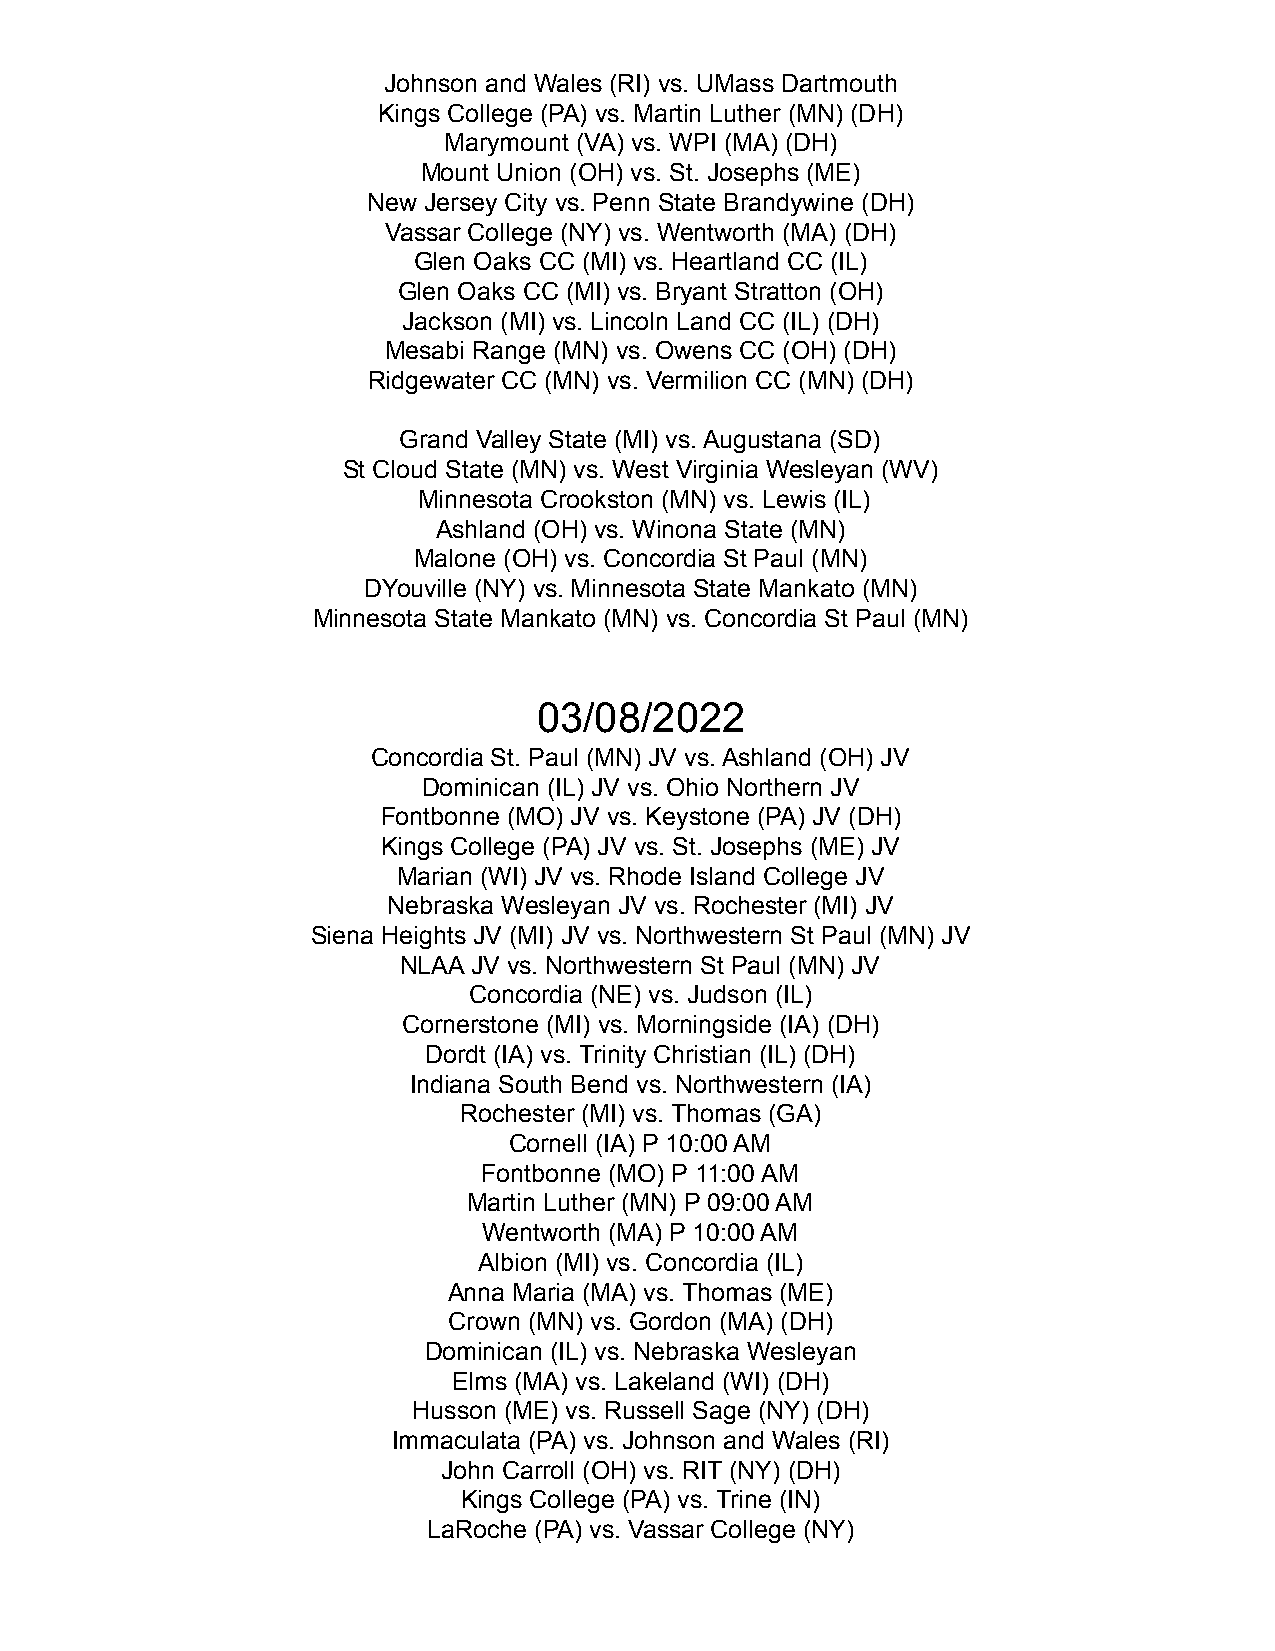
Johnson and Wales (RI) vs. UMass Dartmouth
 Kings College (PA) vs. Martin Luther (MN) (DH)
 Marymount (VA) vs. WPI (MA) (DH)
 Mount Union (OH) vs. St. Josephs (ME)
 New Jersey City vs. Penn State Brandywine (DH)
 Vassar College (NY) vs. Wentworth (MA) (DH)
 Glen Oaks CC (MI) vs. Heartland CC (IL)
 Glen Oaks CC (MI) vs. Bryant Stratton (OH)
 Jackson (MI) vs. Lincoln Land CC (IL) (DH)
 Mesabi Range (MN) vs. Owens CC (OH) (DH)
 Ridgewater CC (MN) vs. Vermilion CC (MN) (DH)
 Grand Valley State (MI) vs. Augustana (SD)
 St Cloud State (MN) vs. West Virginia Wesleyan (WV)
 Minnesota Crookston (MN) vs. Lewis (IL)
 Ashland (OH) vs. Winona State (MN)
 Malone (OH) vs. Concordia St Paul (MN)
 DYouville (NY) vs. Minnesota State Mankato (MN)
 Minnesota State Mankato (MN) vs. Concordia St Paul (MN)
 03/08/2022
 Concordia St. Paul (MN) JV vs. Ashland (OH) JV
 Dominican (IL) JV vs. Ohio Northern JV
 Fontbonne (MO) JV vs. Keystone (PA) JV (DH)
 Kings College (PA) JV vs. St. Josephs (ME) JV
 Marian (WI) JV vs. Rhode Island College JV
 Nebraska Wesleyan JV vs. Rochester (MI) JV
 Siena Heights JV (MI) JV vs. Northwestern St Paul (MN) JV
 NLAA JV vs. Northwestern St Paul (MN) JV
 Concordia (NE) vs. Judson (IL)
 Cornerstone (MI) vs. Morningside (IA) (DH)
 Dordt (IA) vs. Trinity Christian (IL) (DH)
 Indiana South Bend vs. Northwestern (IA)
 Rochester (MI) vs. Thomas (GA)
 Cornell (IA) P 10:00 AM
 Fontbonne (MO) P 11:00 AM
 Martin Luther (MN) P 09:00 AM
 Wentworth (MA) P 10:00 AM
 Albion (MI) vs. Concordia (IL)
 Anna Maria (MA) vs. Thomas (ME)
 Crown (MN) vs. Gordon (MA) (DH)
 Dominican (IL) vs. Nebraska Wesleyan
 Elms (MA) vs. Lakeland (WI) (DH)
 Husson (ME) vs. Russell Sage (NY) (DH)
 Immaculata (PA) vs. Johnson and Wales (RI)
 John Carroll (OH) vs. RIT (NY) (DH)
 Kings College (PA) vs. Trine (IN)
 LaRoche (PA) vs. Vassar College (NY)